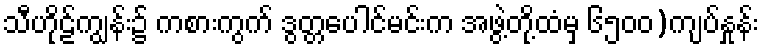
သီဟိုဠ်ကျွန်း၌ ကစားကွက် ဒွတ္တပေါင်မင်းက အဖွဲ့တို့ထံမှ ၆၅၀၀)ကျပ်နှုန်း